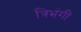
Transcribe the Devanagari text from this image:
त्रिभंगीं